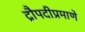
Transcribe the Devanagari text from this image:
द्रौपदीप्रमाणे